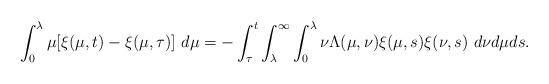
LaTeX: \begin{align*}\int_{0}^{\lambda}\mu[\xi(\mu,t)-\xi(\mu,\tau)]\ d\mu = -\int_{\tau}^{t}\int_{\lambda}^{\infty}\int_{0}^{\lambda}\nu\Lambda(\mu,\nu)\xi(\mu,s)\xi(\nu,s)\ d\nu d\mu ds.\end{align*}%\end{align*}